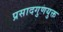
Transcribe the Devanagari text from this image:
प्रसादगुणयुक्त